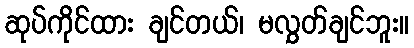
ဆုပ်ကိုင်ထား ချင်တယ်၊ မလွှတ်ချင်ဘူး။